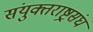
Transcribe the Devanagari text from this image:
संयुक्तराष्ट्रसंघ